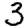
Digit: 3